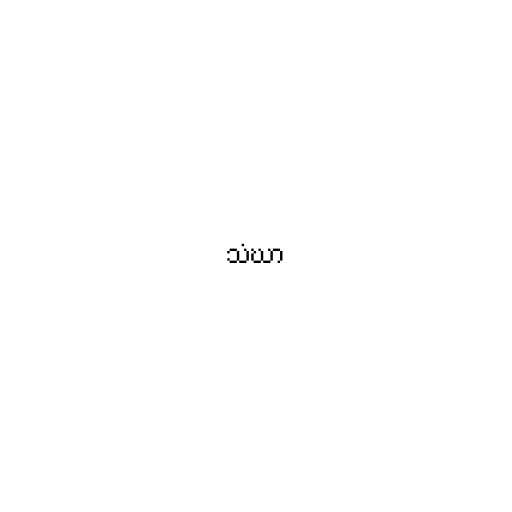
သံဃာ